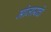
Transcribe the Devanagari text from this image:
मोजायचे